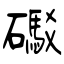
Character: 礟